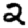
Digit: 2